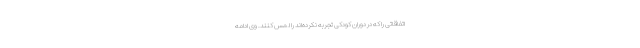
اتفاقاتی را که در دوران کودکی تجربه نکرده‌اند را لمس کنند. وی ادامه